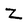
Character: Z